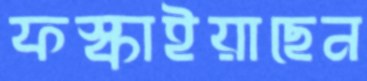
ফস্‌কাইয়াছেন